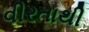
વીરતાથી